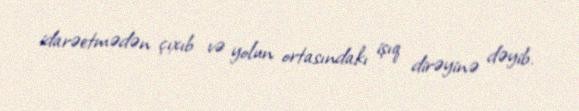
idarəetmədən çıxıb və yolun ortasındakı işıq dirəyinə dəyib.